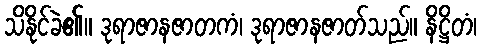
သိနိုင်ခဲ၏။ ဒုရာဇာနဇာတကံ၊ ဒုရာဇာနဇာတ်သည်။ နိဋ္ဌိတံ၊